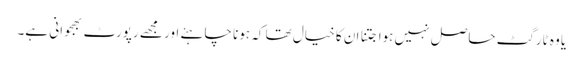
یا وہ ٹارگٹ حاصل نہیں ہوا جتنا ان کا خیال تھا کہ ہونا چاہئے اور مجھے رپورٹ بھجوانی ہے۔